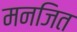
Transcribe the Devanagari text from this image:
मनजित